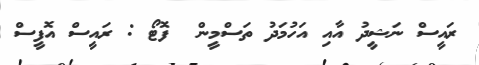
ރައީސް ނަޝީދު އާއި އަހުމަދު ތަސްމީން  ފޮޓޯ : ރައީސް އޮފީސް